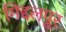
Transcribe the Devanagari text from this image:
गिद्दलपूर